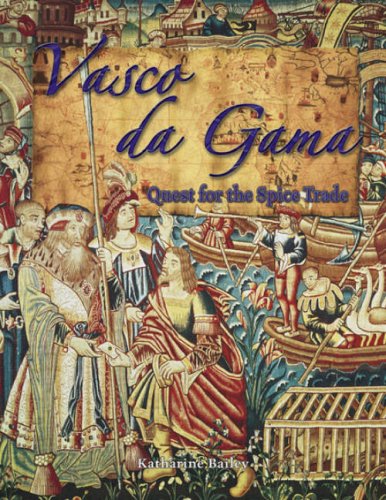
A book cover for Vasco Da Gama: Quest for the Spice Trade (In the Footsteps of Explorers); Katharine Bailey; Children's Books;